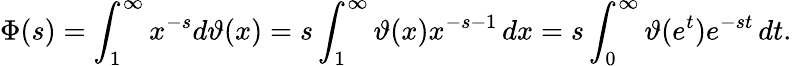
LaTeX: \Phi(s)=\int_{1}^{\infty}x^{-s}d\vartheta(x)=s\int_{1}^{\infty}\vartheta(x)x^{-s-1}\, dx=s\int_{0}^{\infty}\vartheta(e^{t})e^{-st}\, dt.